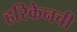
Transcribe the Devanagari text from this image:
हरिकेनची